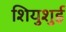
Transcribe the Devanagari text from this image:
शियुशुई